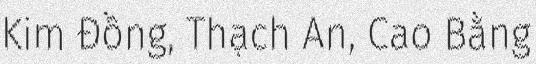
Kim Đồng, Thạch An, Cao Bằng